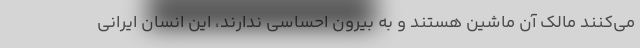
می‌کنند مالک آن ماشین هستند و به بیرون احساسی ندارند، این انسان ایرانی